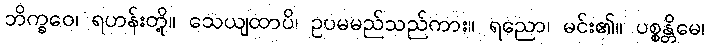
ဘိက္ခဝေ၊ ရဟန်းတို့။ သေယျထာပိ၊ ဥပမမည်သည်ကား။ ရညော၊ မင်း၏။ ပစ္စန္တိမေ၊